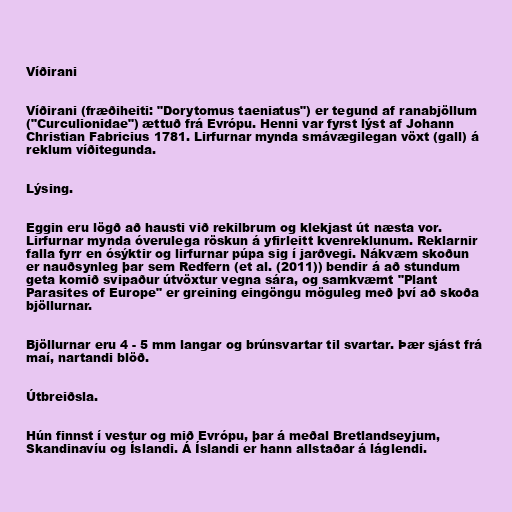
Víðirani

Víðirani (fræðiheiti: "Dorytomus taeniatus") er tegund af ranabjöllum
("Curculionidae") ættuð frá Evrópu. Henni var fyrst lýst af Johann
Christian Fabricius 1781. Lirfurnar mynda smávægilegan vöxt (gall) á
reklum víðitegunda.

Lýsing.

Eggin eru lögð að hausti við rekilbrum og klekjast út næsta vor.
Lirfurnar mynda óverulega röskun á yfirleitt kvenreklunum. Reklarnir
falla fyrr en ósýktir og lirfurnar púpa sig í jarðvegi. Nákvæm skoðun
er nauðsynleg þar sem Redfern (et al. (2011)) bendir á að stundum
geta komið svipaður útvöxtur vegna sára, og samkvæmt "Plant
Parasites of Europe" er greining eingöngu möguleg með því að skoða
bjöllurnar.

Bjöllurnar eru 4 - 5 mm langar og brúnsvartar til svartar. Þær sjást frá
maí, nartandi blöð.

Útbreiðsla.

Hún finnst í vestur og mið Evrópu, þar á meðal Bretlandseyjum,
Skandinavíu og Íslandi. Á Íslandi er hann allstaðar á láglendi.